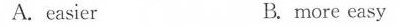
A. easier B. more easy